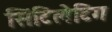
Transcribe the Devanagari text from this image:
सिंटिलेटिंग